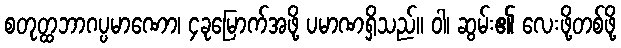
စတုတ္ထဘာဂပ္ပမာဏော၊ ၄ခုမြောက်အဖို့ ပမာဏရှိသည်။ ဝါ၊ ဆွမ်း၏ လေးဖို့တစ်ဖို့